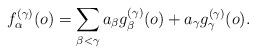
LaTeX: \begin{align*}f_{\alpha}^{(\gamma)}(o)=\sum_{\beta<\gamma}a_{\beta}g_{\beta}^{(\gamma)}(o)+a_{\gamma}g_{\gamma}^{(\gamma)}(o).\end{align*}